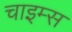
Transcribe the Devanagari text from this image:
चाइम्‍स